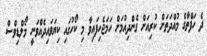
ދެ ހަފްތާގެ މުއްދަތަށް ކުރިއަށް ގެންދިއުމަށް ހަމަޖެހިފައިވާ މި ކޯހުގައި ކިޔަވައިދެއްވަނީ މޯލްޑިވްސް